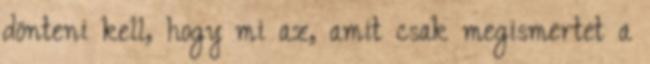
dönteni kell, hogy mi az, amit csak megismertet a